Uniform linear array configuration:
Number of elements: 16
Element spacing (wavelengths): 1
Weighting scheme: uniform
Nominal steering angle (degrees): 30
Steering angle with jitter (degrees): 29.993
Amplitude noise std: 0.05
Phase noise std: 0.05

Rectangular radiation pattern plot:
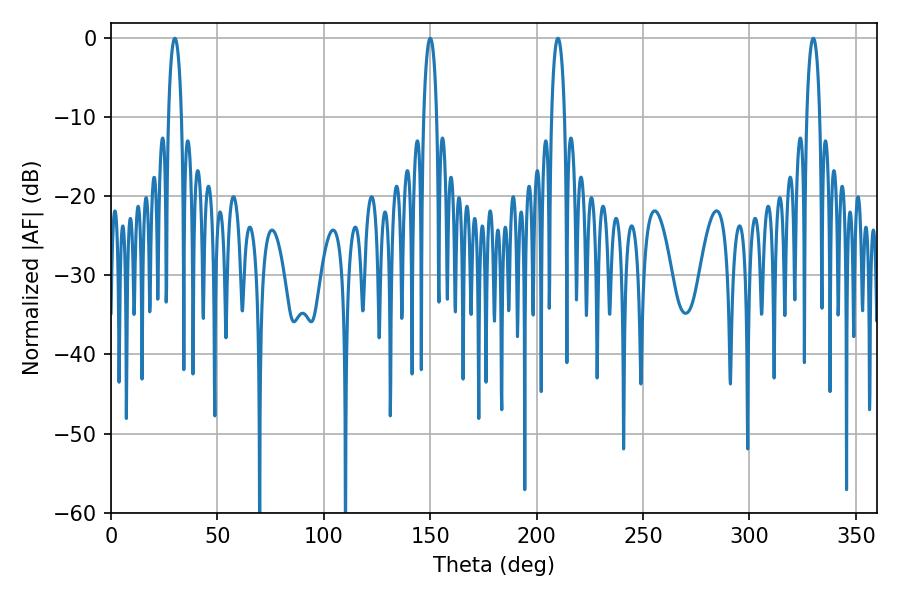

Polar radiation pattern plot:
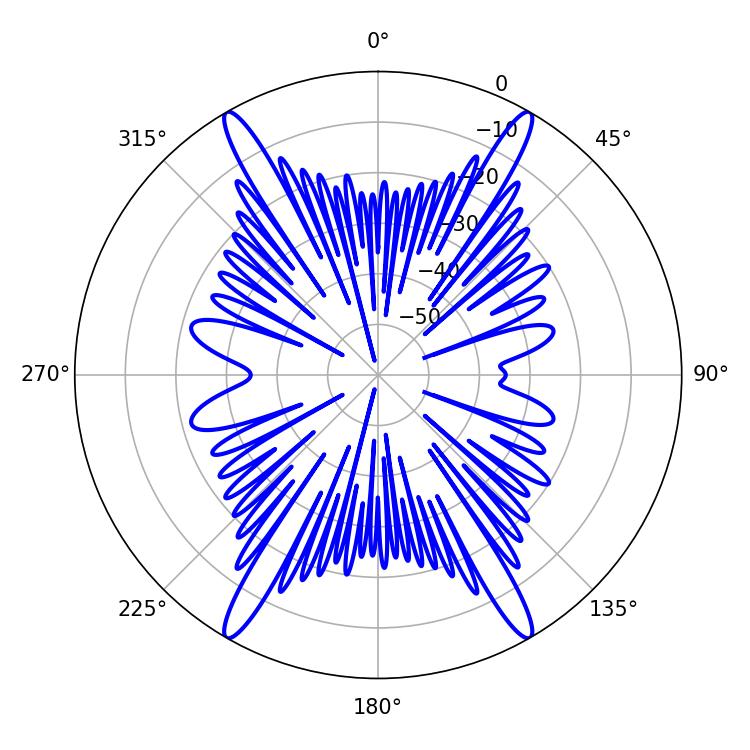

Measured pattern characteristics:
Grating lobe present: TRUE
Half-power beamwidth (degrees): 3.42
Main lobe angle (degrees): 329.94